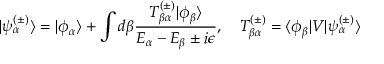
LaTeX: | \psi _ { \alpha } ^ { ( \pm ) } \rangle = | \phi _ { \alpha } \rangle + \int d \beta { \frac { T _ { \beta \alpha } ^ { ( \pm ) } | \phi _ { \beta } \rangle } { E _ { \alpha } - E _ { \beta } \pm i \epsilon } } , \quad T _ { \beta \alpha } ^ { ( \pm ) } = \langle \phi _ { \beta } | V | \psi _ { \alpha } ^ { ( \pm ) } \rangle